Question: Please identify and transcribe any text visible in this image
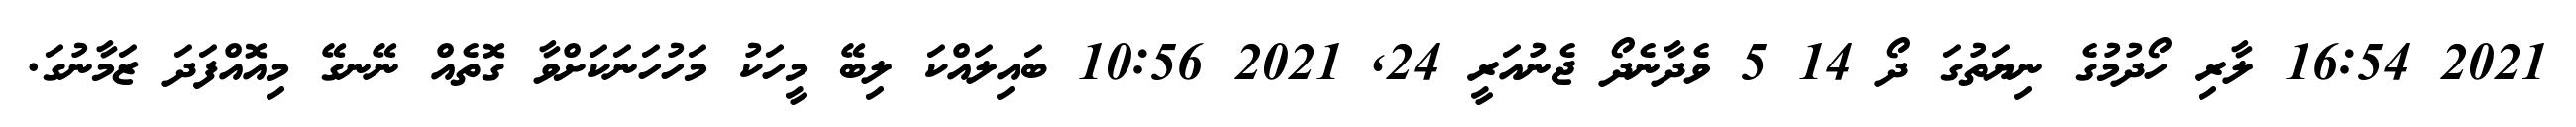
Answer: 2021 16:54 ލާރި ހޯދުމުގެ ނިޔަތުގަ ދޯ 14 5 ވެދާނެދޯ ޖެނުއަރީ 24, 2021 10:56 ބައިލައްކަ ލިބޭ މީހަކު މަހުހަނަކަށްވާ ގޮތެއް ނޭނގޭ މިއޮއްފަދަ ޒަމާނުގަ.